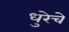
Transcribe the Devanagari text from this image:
धुरेचे